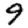
Digit: 9